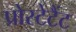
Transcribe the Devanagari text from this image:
प्रोस्टेटैंट